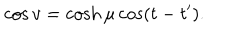
\cos v = \cosh \mu \cos \left( t - t ^ { \prime } \right) .